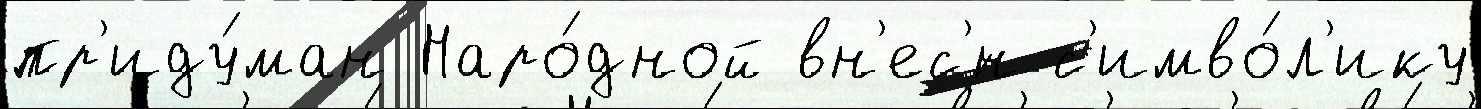
пр'иду́ман Наро́дной вн'ес'́н с'имво́л'ику